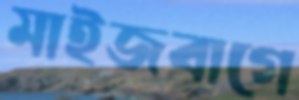
মাইজবাগে